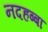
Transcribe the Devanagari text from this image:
नदहब्बा